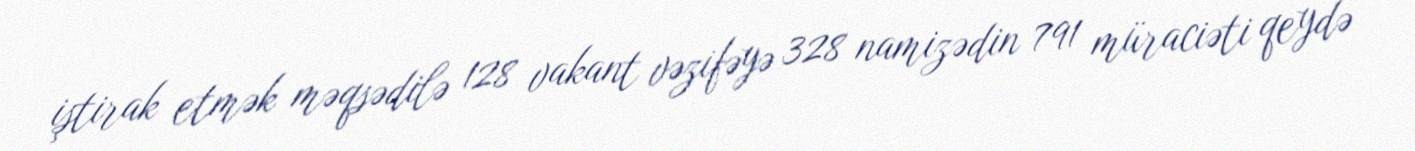
iştirak etmək məqsədilə 128 vakant vəzifəyə 328 namizədin 791 müraciəti qeydə